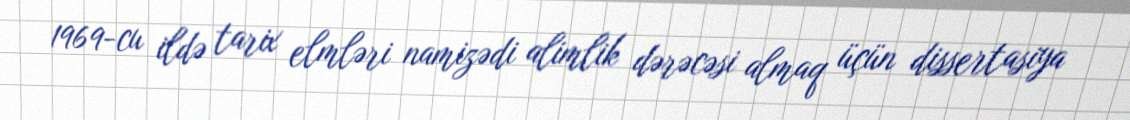
1969-cu ildə tarix elmləri namizədi alimlik dərəcəsi almaq üçün dissertasiya